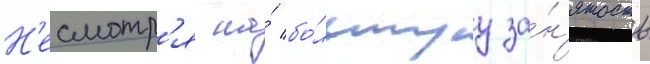
Н'есмотр'я на́ бо́льшуу за́н'ятость